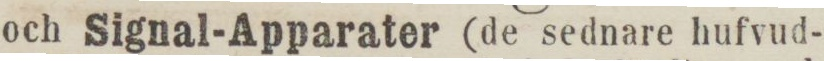
och Signal-Apparater (de sednare hufvud-